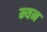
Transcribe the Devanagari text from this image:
म्यन